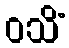
ဝသိံ